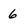
Character: 6